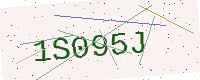
Text: 1S095J